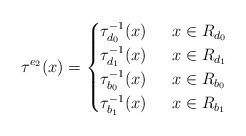
LaTeX: \begin{align*}\tau^{e_2}(x)=\begin{cases} \tau_{d_0}^{-1}(x)\quad\;\; x\in R_{d_0} \\ \tau_{d_1}^{-1}(x)\quad\;\; x\in R_{d_1} \\ \tau_{b_0}^{-1}(x)\quad\;\; x\in R_{b_0} \\ \tau_{b_1}^{-1}(x)\quad\;\; x\in R_{b_1}\end{cases}\end{align*}